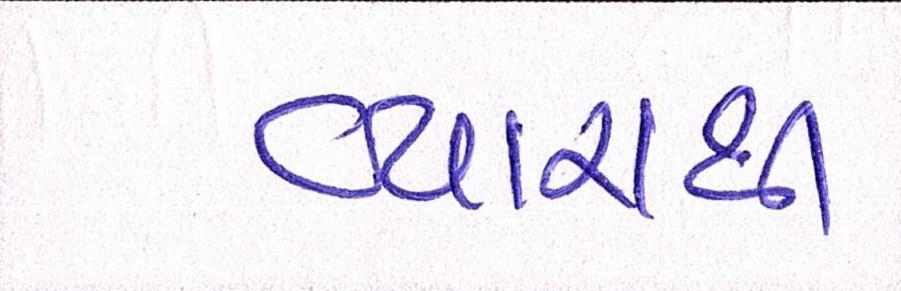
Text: વ્યારાથી